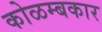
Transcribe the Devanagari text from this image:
कोळम्बकार